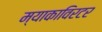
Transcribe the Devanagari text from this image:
म्याकाविरटर